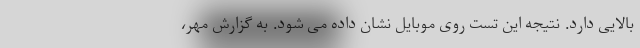
بالایی دارد. نتیجه این تست روی موبایل نشان داده می شود. به گزارش مهر،